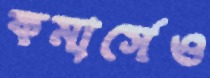
কমার্সেও